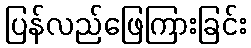
ပြန်လည်ဖြေကြားခြင်း